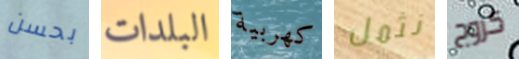
بحسن البلدات كهربية نثمل كزوج